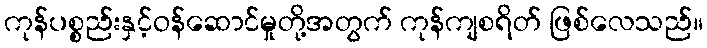
ကုန်ပစ္စည်းနှင့်ဝန်ဆောင်မှုတို့အတွက် ကုန်ကျစရိတ် ဖြစ်လေသည်။